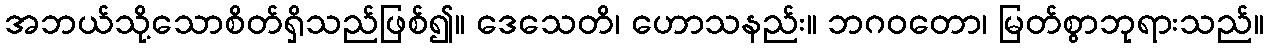
အဘယ်သို့သောစိတ်ရှိသည်ဖြစ်၍။ ဒေသေတိ၊ ဟောသနည်း။ ဘဂဝတော၊ မြတ်စွာဘုရားသည်။